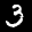
Label: 3